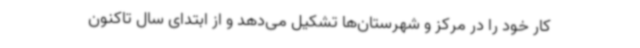
کار خود را در مرکز و شهرستان‌ها تشکیل می‌دهد و از ابتدای سال تاکنون